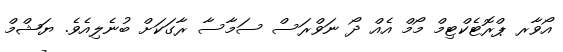
އޯވާރ ޕްރޮޓެކްޓިމް މޯމް އެއް ދޯ ނަވްރަސް ސަމާސާ ރާގަކަށް ބުނެލިއެވެ. ޔަޝްމް